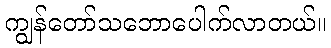
ကျွန်တော်သဘောပေါက်လာတယ်။